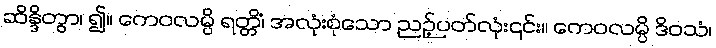
ဆိန္ဒိတွာ၊ ၍။ ကေဝလမ္ပိ ရတ္တိံ၊ အလုံးစုံသော ညဉ့်ပတ်လုံး၎င်း။ ကေဝလမ္ပိ ဒိဝသံ၊